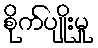
စိုက်ပျိုးမှု